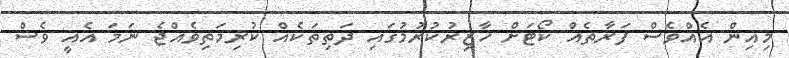
މިއިން އެއްވެސް ފަރާތެއް ކޯޓަށް ހާޒިރުކުރުމުގައި ދަތިތަކެއް ކުރިމަތިވެއްޖެ ނަމަ އެއީ ވެސް